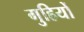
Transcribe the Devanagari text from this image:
गुहियों